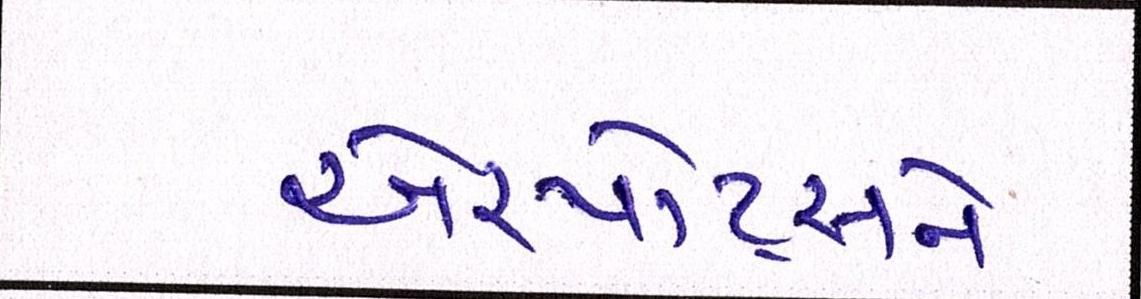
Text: એરપોર્ટ્સને